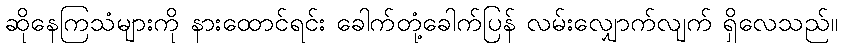
ဆိုနေကြသံများကို နားထောင်ရင်း ခေါက်တုံ့ခေါက်ပြန် လမ်းလျှောက်လျက် ရှိလေသည်။